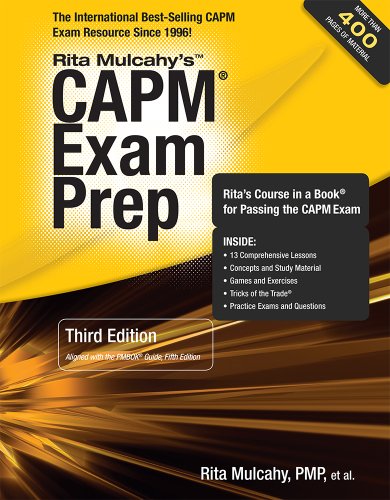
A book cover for CAPM Exam Prep, 3rd Edition; Rita Mulcahy; Education & Teaching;